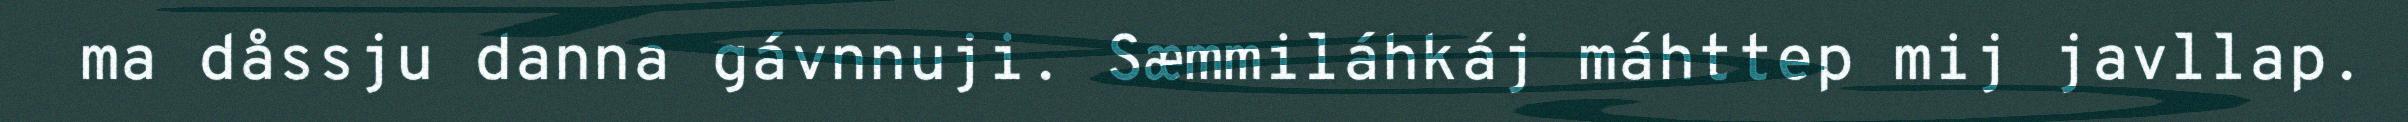
ma dåssju danna gávnnuji. Sæmmiláhkáj máhttep mij javllap.